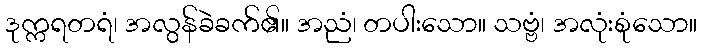
ဒုက္ကရတရံ၊ အလွန်ခဲခက်၏။ အညံ၊ တပါးသော။ သဗ္ဗံ၊ အလုံးစုံသော။